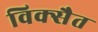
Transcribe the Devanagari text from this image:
विक्सैत